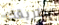
بطريقك